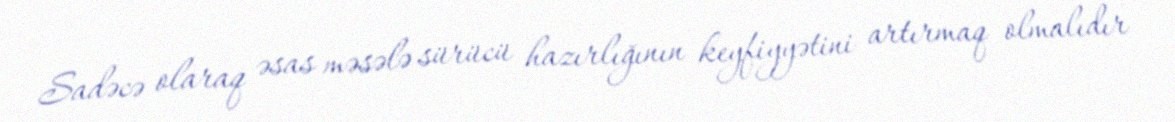
Sadəcə olaraq əsas məsələ sürücü hazırlığının keyfiyyətini artırmaq olmalıdır